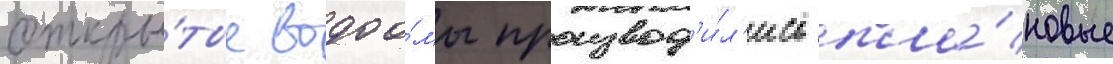
откры́тые водоо́мы производ'и́л'ись пла́новые